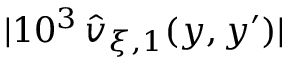
| 1 0 ^ { 3 } \, \widehat { v } _ { \xi , 1 } ( y , y ^ { \prime } ) |